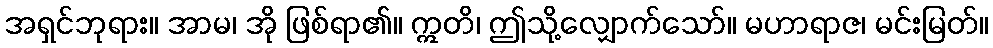
အရှင်ဘုရား။ အာမ၊ အို ဖြစ်ရာ၏။ ဣတိ၊ ဤသို့လျှောက်သော်။ မဟာရာဇ၊ မင်းမြတ်။